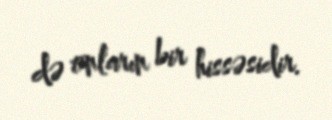
də onların bir hissəsidir.